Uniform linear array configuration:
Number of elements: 24
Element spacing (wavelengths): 0.5
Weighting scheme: blackman
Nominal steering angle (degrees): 15
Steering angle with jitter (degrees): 15.174
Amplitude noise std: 0.05
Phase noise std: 0.05

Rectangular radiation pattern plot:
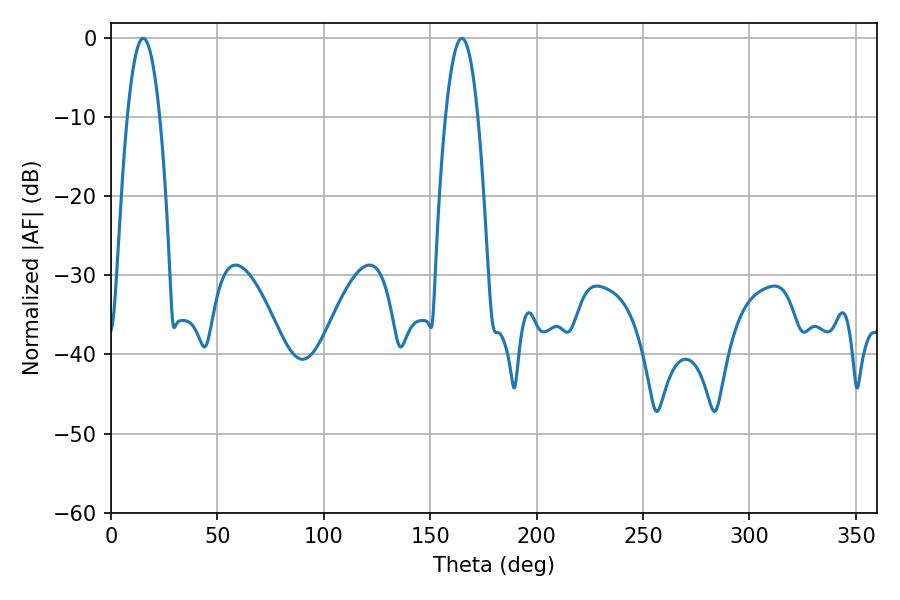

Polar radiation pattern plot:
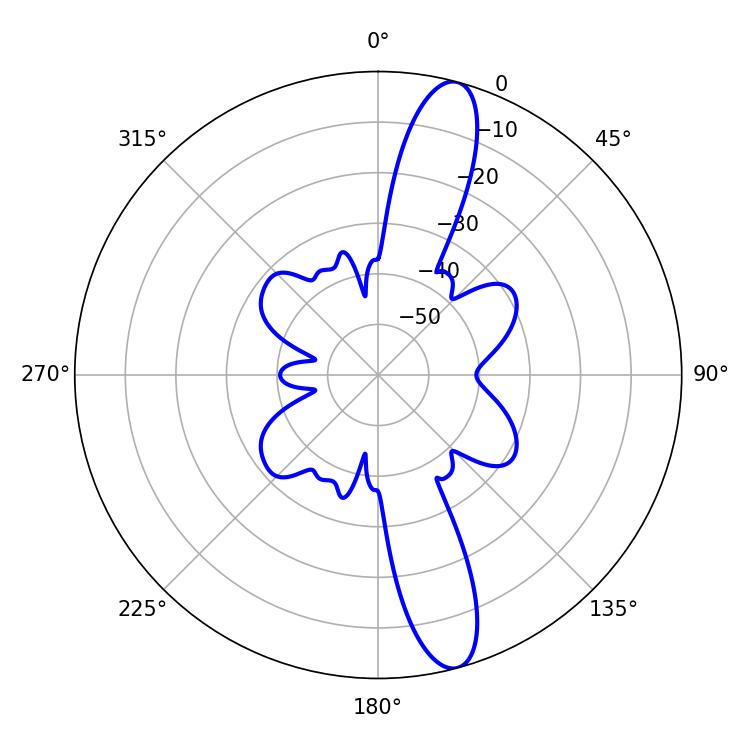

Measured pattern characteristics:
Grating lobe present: FALSE
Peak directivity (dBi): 13.836
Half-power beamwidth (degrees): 8.46
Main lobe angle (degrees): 15.12